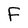
Character: F